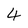
Character: 4